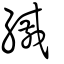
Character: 縬